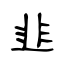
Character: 韭